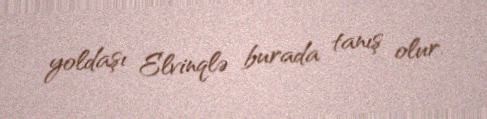
yoldaşı Elvinqlə burada tanış olur.